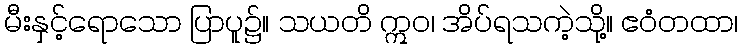
မီးနှင့်ရောသော ပြာပူ၌။ သယတိ ဣဝ၊ အိပ်ရသကဲ့သို့။ ဧဝံတထာ၊